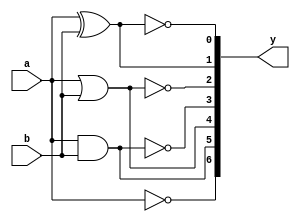
`timescale 1ns / 1ps

//Gate Level Modelling
module Basic_gates(
    input a,
    input b,
    output [0:6]y
    );
  not(y[0],a);           //Not gate
    and(y[1], a,b);      //And gate
    or(y[2],a,b);        //Or gate
    nand(y[3],a,b);      //Nand gate
    nor(y[4],a,b);       //Nor gate
    xor(y[5],a,b);       //Ex-or gate
    xnor(y[6],a,b);      //Ex-nor gate
endmodule